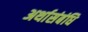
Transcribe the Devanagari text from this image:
अर्थासंबंधि